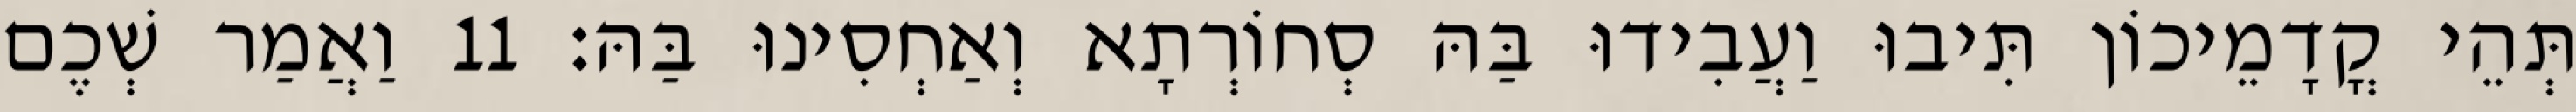
תְּהֵי קֳדָמֵיכוֹן תִּיבוּ וַעֲבִידוּ בַּהּ סְחוֹרְתָא וְאַחְסִינוּ בַּהּ׃ 11 וַאֲמַר שְׁכֶם